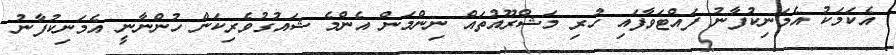
އެކަމަކު އެމަނިކުފާނު ފައްޓަވާފައި ހުރި މަޝްރޫއުތައް ނިންމަން އެންމެ ޝައުގުވެރިކަން ހުންނާނީ އެމަނިކުފާނު